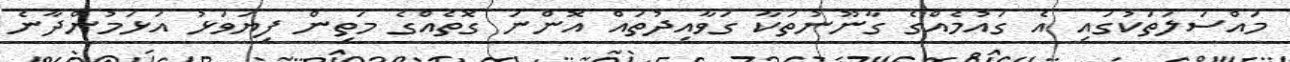
މައްސަލަތަކުގައި އެ ގައުމެއްގެ ގާނޫނުތަކާ ގަވާއިދުތައް އޮންނަ ގޮތެއްގެ މަތިން ފިޔަވަޅު އަޅަމުންދާނެ